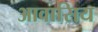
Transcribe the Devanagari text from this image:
आवासिय